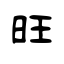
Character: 旺